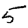
Digit: 5